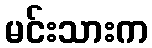
မင်းသားက